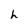
Character: h